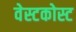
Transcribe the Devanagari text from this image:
वेस्टकोस्ट